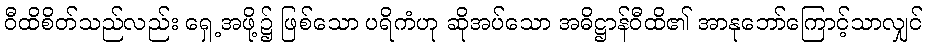
ဝီထိစိတ်သည်လည်း ရှေ့အဖို့၌ ဖြစ်သော ပရိကံဟု ဆိုအပ်သော အဓိဋ္ဌာန်ဝီထိ၏ အာနုဘော်ကြောင့်သာလျှင်